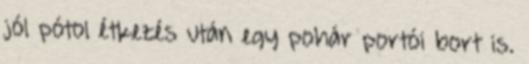
jól pótol étkezés után egy pohár portói bort is.